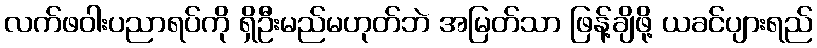
လက်ဖဝါးပညာရပ်ကို ရှိဦးမည်မဟုတ်ဘဲ အမြတ်သာ ဖြန့်ချိဖို့ ယခင်ပျားရည်